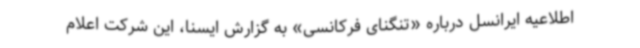
اطلاعیه ایرانسل درباره «تنگنای فرکانسی» به گزارش ایسنا، این شرکت اعلام